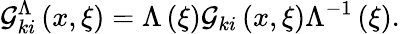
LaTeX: {\cal G}_{ki}^{\Lambda}\left({x,\xi}\right)=\Lambda\left(\xi\right){\cal G}_{ki}\left({x,\xi}\right)\Lambda^{-1}\left(\xi\right).